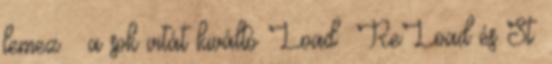
lemez – a sok vitát kiváltó Load ReLoad és St.